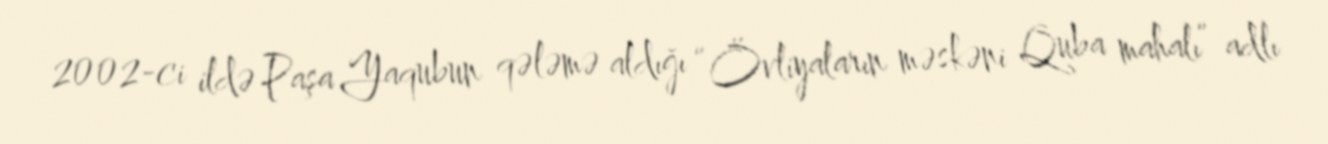
2002-ci ildə Paşa Yaqubun qələmə aldığı “Övliyaların məskəni Quba mahalı” adlı